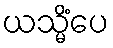
ယသ္မိံပေ